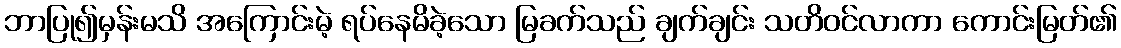
ဘာပြု၍မှန်းမသိ အကြောင်းမဲ့ ရပ်နေမိခဲ့သော မြခက်သည် ချက်ချင်း သတိဝင်လာကာ ကောင်းမြတ်၏